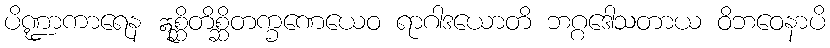
ပိဏ္ဍာကာရေန ဣစ္ဆိတိစ္ဆိတက္ခဏေယေဝ ရာဂါဒယောတိ ဘဂ္ဂဒေါသတာယ ဝိဘဝေနာပိ